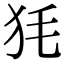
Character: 𤝄